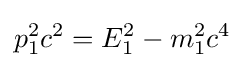
p_{1}^{2}c^{2}=E_{1}^{2}-m_{1}^{2}c^{4}